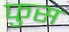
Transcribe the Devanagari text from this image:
फुस